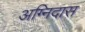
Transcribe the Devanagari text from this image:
अग्निदास